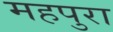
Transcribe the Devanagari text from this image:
महपुरा